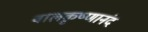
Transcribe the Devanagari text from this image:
बालकृष्णानंद